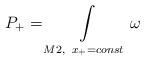
LaTeX: \begin{align*}P_+=\int\limits_{M2,\;\; x_+=const}\omega\end{align*}